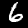
Label: 6